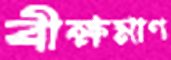
বীক্ষমাণ